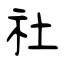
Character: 社